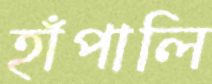
হাঁপালি